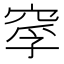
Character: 𥦘